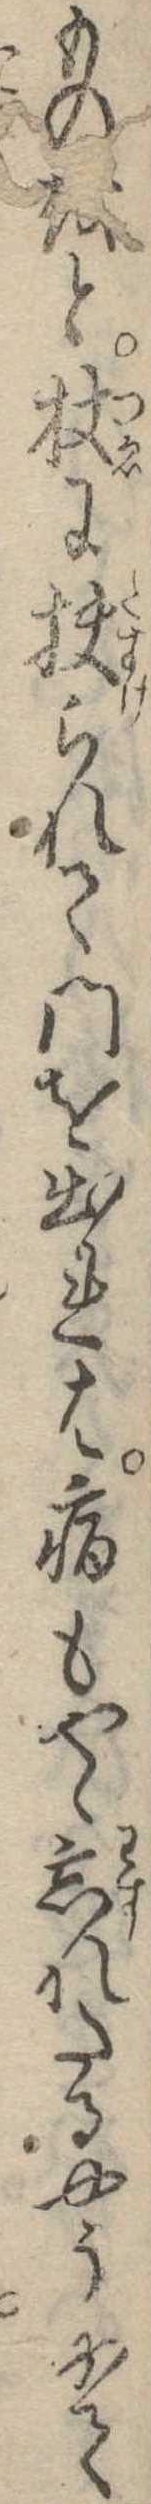
ものをと杖に扶られて門を出れは病もやゝ忘れたるやうにて